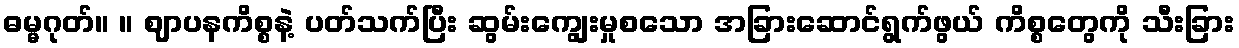
ဓမ္မဂုတ်။ ။ ဈာပနကိစ္စနဲ့ ပတ်သက်ပြီး ဆွမ်းကျွေးမှုစသော အခြားဆောင်ရွက်ဖွယ် ကိစ္စတွေကို သီးခြား